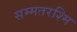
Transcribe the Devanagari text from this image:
सम्मतरश्मि